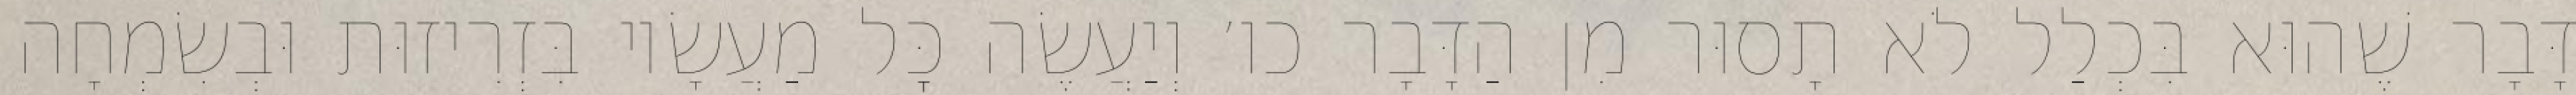
דָּבָר שֶׁהוּא בִּכְלַל לֹא תָסוּר מִן הַדָּבָר כו׳ וְיַעֲשֶׂה כׇּל מַעֲשָׂיו בִּזְרִיזוּת וּבְשִׂמְחָה